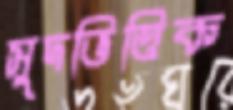
সুদভিত্তিক